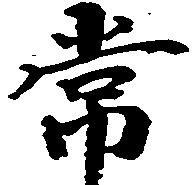
常